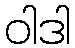
ဝါဒါ